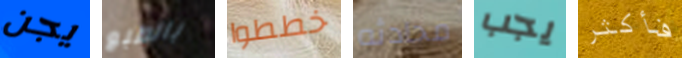
يجن بالطبع خططوا محادثه يجب فأكثر